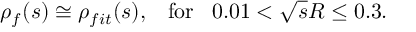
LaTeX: \rho _ { f } ( s ) \cong \rho _ { f i t } ( s ) , \; \; \; \mathrm { { f o r } } \; \; \; 0 . 0 1 < \sqrt { s } R \leq 0 . 3 .